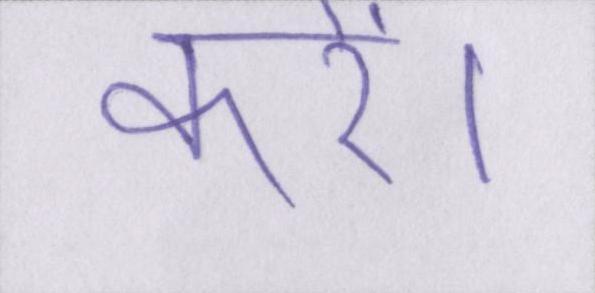
करें।